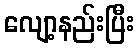
လျော့နည်းပြီး